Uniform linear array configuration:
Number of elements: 16
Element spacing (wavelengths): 0.25
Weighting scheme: exponential
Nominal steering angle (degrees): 0
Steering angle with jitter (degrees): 1.849
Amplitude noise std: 0.05
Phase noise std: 0.05

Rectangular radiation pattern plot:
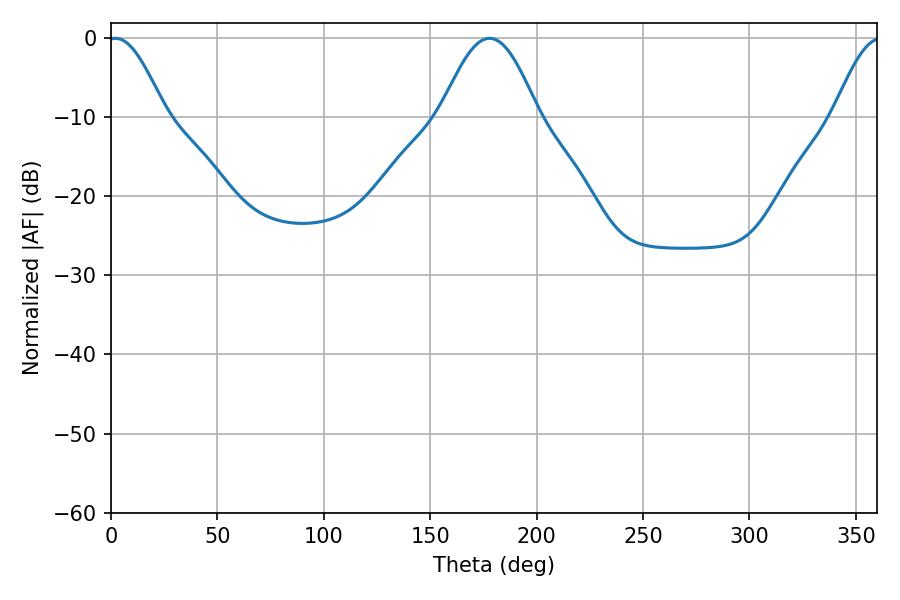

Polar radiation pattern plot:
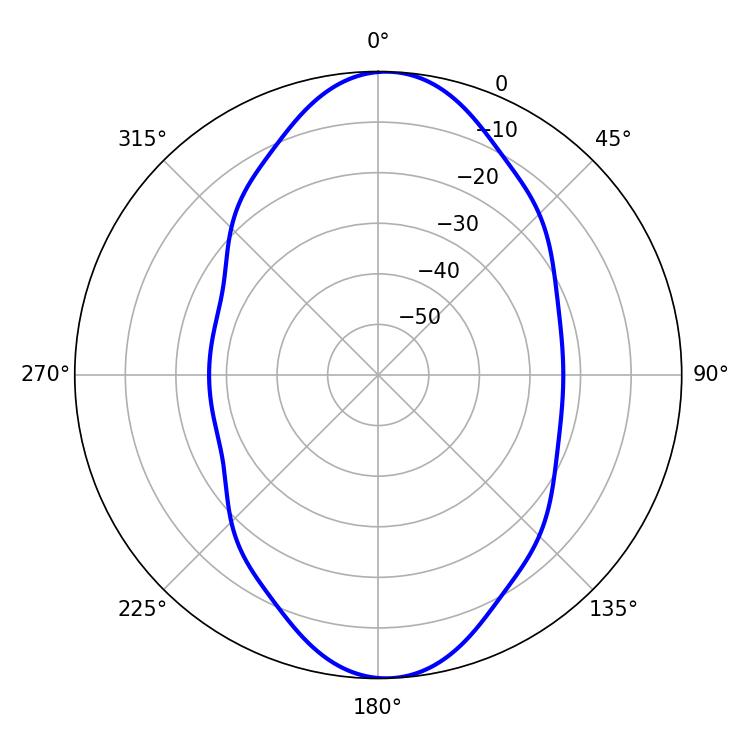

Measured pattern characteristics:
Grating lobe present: FALSE
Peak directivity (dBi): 16.01
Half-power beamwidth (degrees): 14.58
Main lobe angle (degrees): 2.16